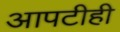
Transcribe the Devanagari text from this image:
आपटीही